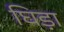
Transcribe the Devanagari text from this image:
घिड़ा